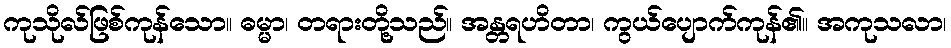
ကုသိုလ်ဖြစ်ကုန်သော။ ဓမ္မာ၊ တရားတို့သည်။ အန္တရဟိတာ၊ ကွယ်ပျောက်ကုန်၏။ အကုသလာ၊